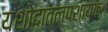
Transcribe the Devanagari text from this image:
यशोदातल्पशायकः।